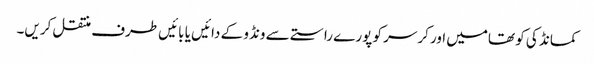
کمانڈ کی کو تھامیں اور کرسر کو پورے راستے سے ونڈو کے دائیں یا بائیں طرف منتقل کریں۔